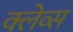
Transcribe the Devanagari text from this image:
क्लेव्स